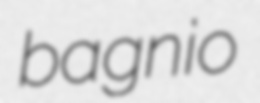
bagnio